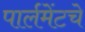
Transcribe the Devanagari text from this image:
पार्लमेंटचे